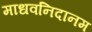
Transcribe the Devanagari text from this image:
माधवनिदानम